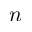
n